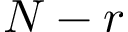
N - r